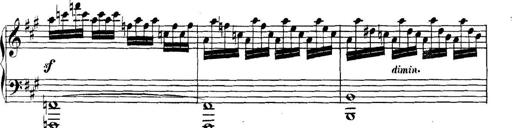
Title: Collected Piano Sonatas
Composer: Muzio Clementi